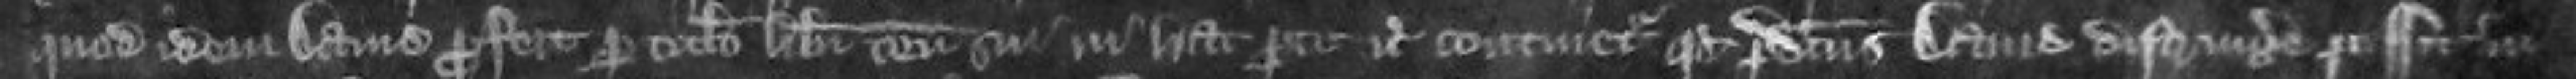
quod idem David profert pro titulo liberi tenementi sui in hac parte etc continetur quod predictus David distringere possit in